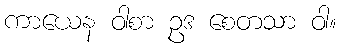
ကာယေန ဝါစာ ဥဒ စေတသာ ဝါ။